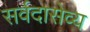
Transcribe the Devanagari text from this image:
सर्वदासेव्य